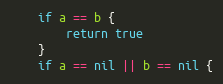
Language: Go
	if a == b {
		return true
	}
	if a == nil || b == nil {